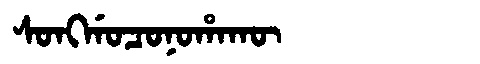
Manchu: ᠰᠣᠩᡤᠣᠴᠣᠨᠣᡥᠠᡴᡡ
Romanization: SONGGOCONOHAKŪ